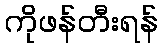
ကိုဖန်တီးရန်